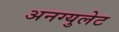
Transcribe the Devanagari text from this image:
अनग्युलेट